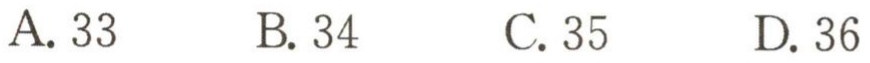
A. 33 \quad B. 34 \quad C. 35 \quad D. 36